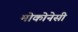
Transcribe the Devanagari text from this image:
मोकोनेसी